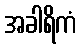
အခါရိကံ